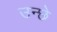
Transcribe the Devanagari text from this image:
उन्छे